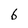
Character: 6